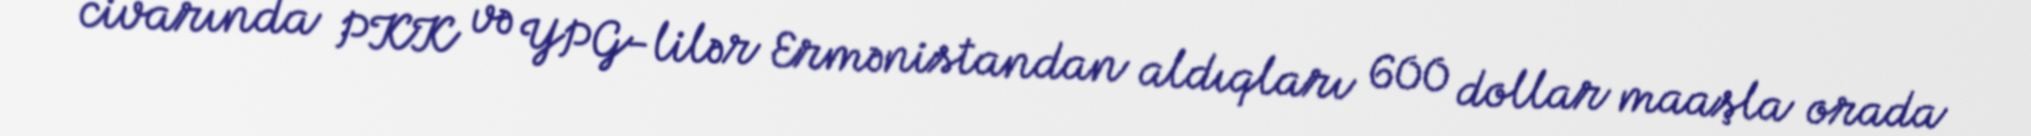
civarında PKK və YPG-lilər Ermənistandan aldıqları 600 dollar maaşla orada